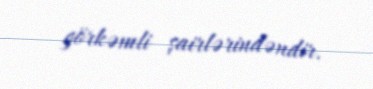
görkəmli şairlərindəndir.